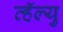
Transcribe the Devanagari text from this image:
व्हॅल्यु